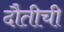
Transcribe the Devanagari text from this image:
दौतीची